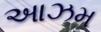
આઝમ